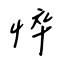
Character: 悴